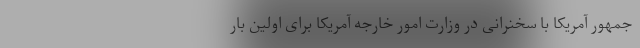
جمهور آمریکا با سخنرانی در وزارت امور خارجه آمریکا برای اولین بار